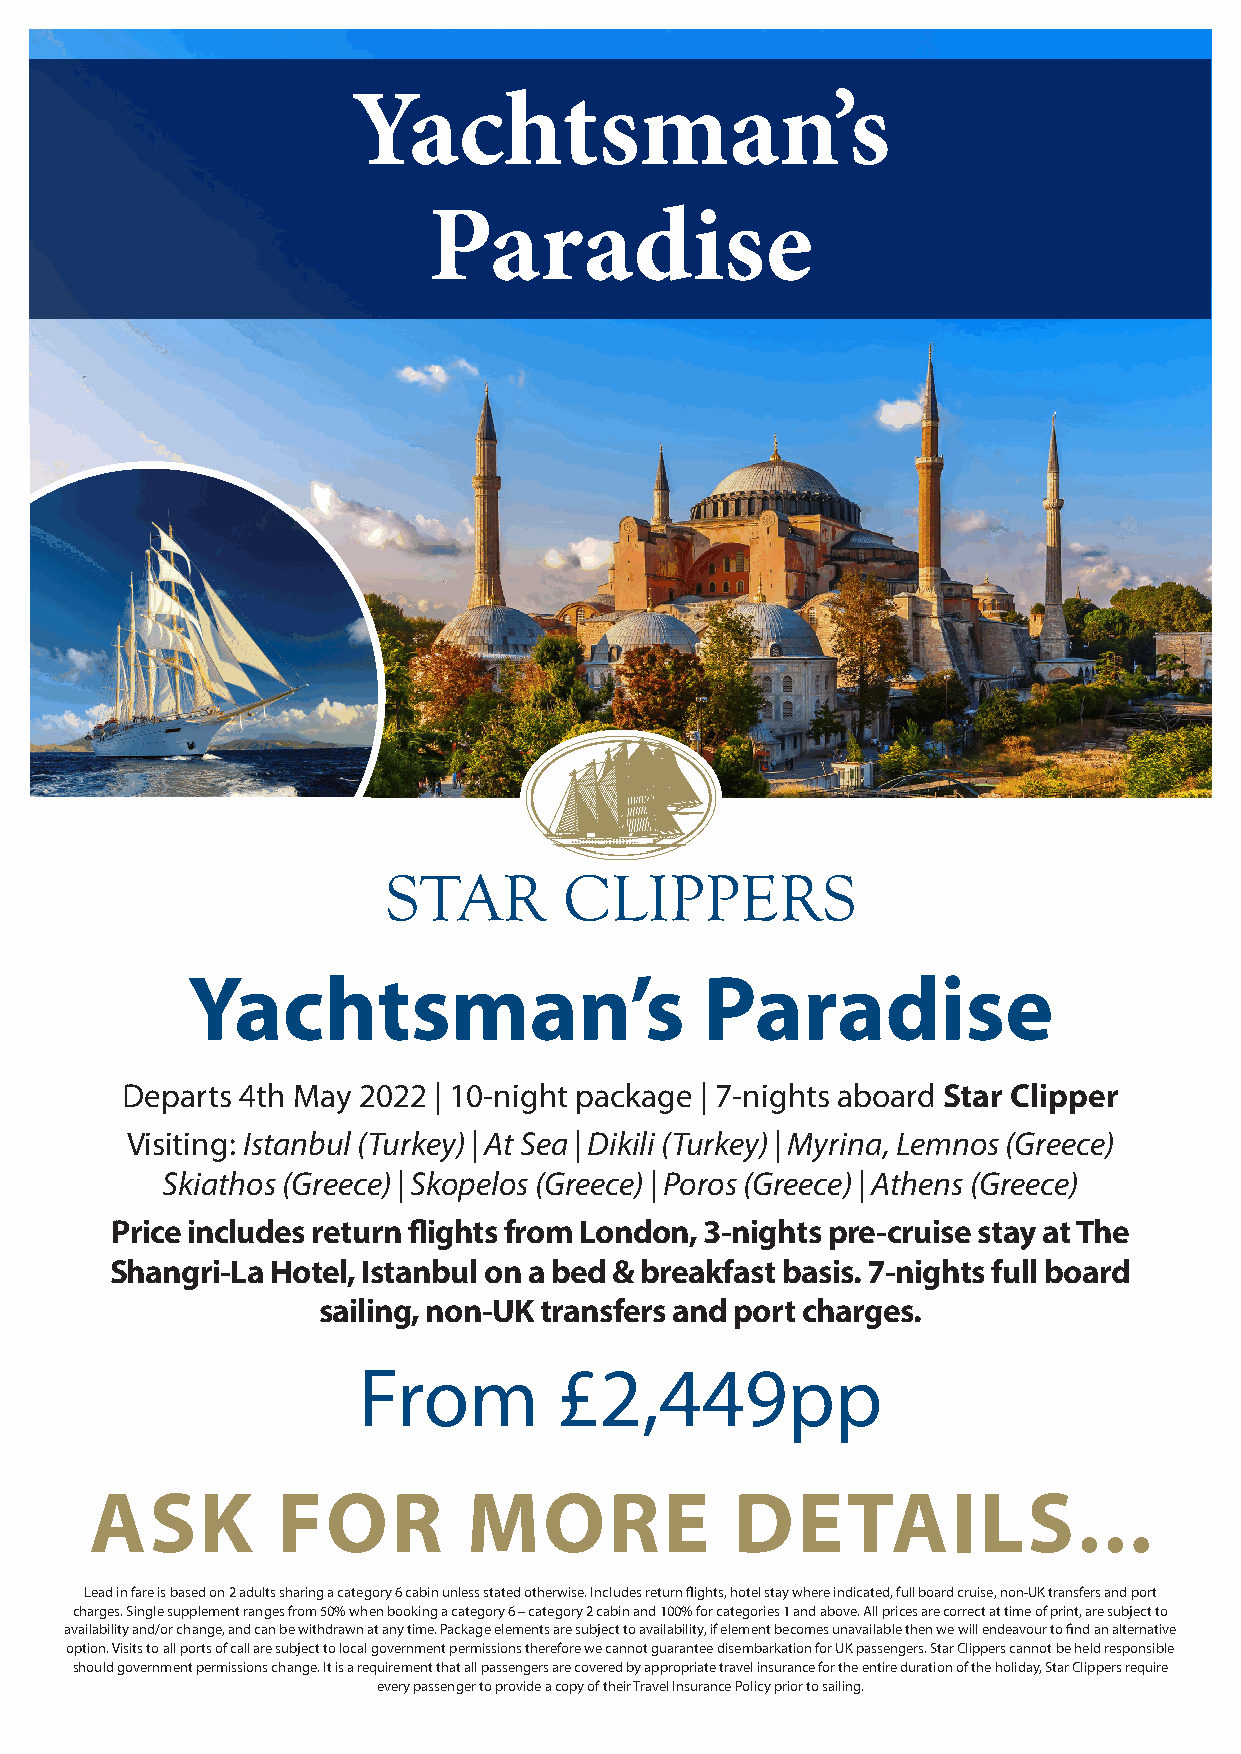
Yachtsman’s
 Paradise
 STAR       CLIPPERS
 STAR       CLIPPERS
 Yachtsman’s                        Paradise
 STAR        CLIPPERS
 STAR        CLIPPERS
 Departs 4th May 2022 | 10-night package | 7-nights aboard Star Clipper
 Visiting: Istanbul (Turkey) | At Sea | Dikili (Turkey) | Myrina, Lemnos (Greece)
 Skiathos (Greece) | Skopelos (Greece) | Poros (Greece) | Athens (Greece)
 Price includes return flights from London, 3-nights pre-cruise stay at The
 Shangri-La Hotel, Istanbul on a bed & breakfast basis. 7-nights full board
 sailing, non-UK transfers and port charges.
 From         £2,449pp
 ASK         FOR          MORE              DETAILS...
 Lead in fare is based on 2 adults sharing a category 6 cabin unless stated otherwise. Includes return flights, hotel stay where indicated, full board cruise, non-UK transfers and port
 charges. Single supplement ranges from 50% when booking a category 6 – category 2 cabin and 100% for categories 1 and above. All prices are correct at time of print, are subject to
 availability and/or change, and can be withdrawn at any time. Package elements are subject to availability, if element becomes unavailable then we will endeavour to find an alternative
 option. Visits to all ports of call are subject to local government permissions therefore we cannot guarantee disembarkation for UK passengers. Star Clippers cannot be held responsible
 should government permissions change. It is a requirement that all passengers are covered by appropriate travel insurance for the entire duration of the holiday, Star Clippers require
 every passenger to provide a copy of their Travel Insurance Policy prior to sailing.